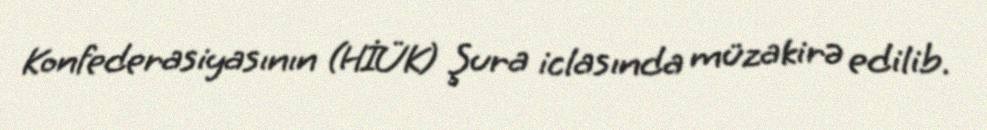
Konfederasiyasının (HİÜK) Şura iclasında müzakirə edilib.